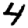
Digit: 4